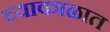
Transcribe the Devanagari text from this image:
च्याकाळात